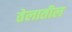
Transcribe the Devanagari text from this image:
तेलातील